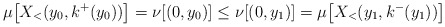
\begin{align*}\mu \big [X_<(y_0,k^+(y_0)) \big ]=\nu[(0,y_0)] \leq \nu[(0,y_1)] =\mu \big[X_< (y_1,k^-(y_1)) \big ]\end{align*}